Civil Veterinary Dept. Bombay admin report 1932-41 - 1932-1941
Year: 1932
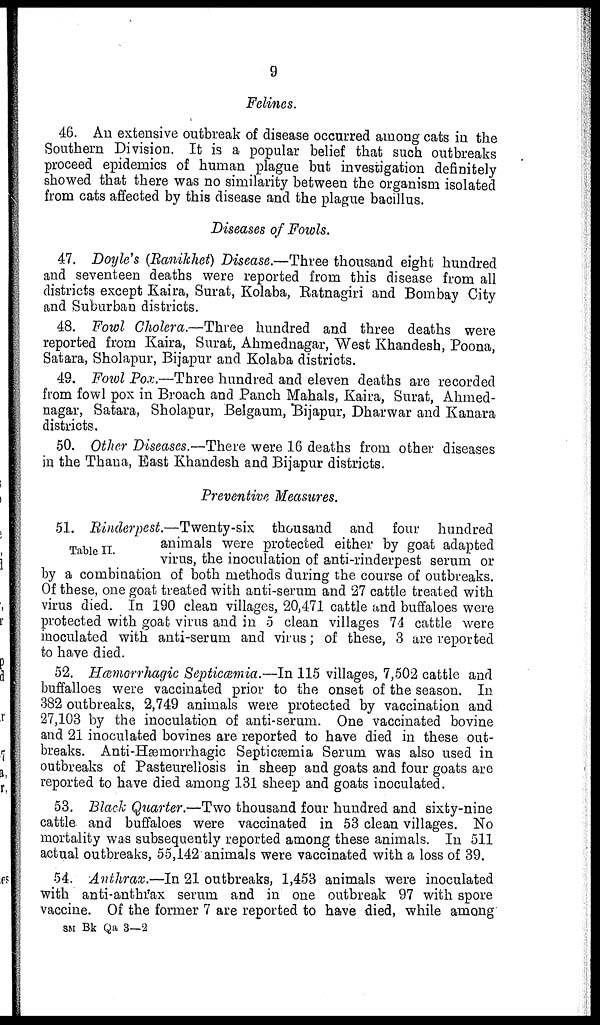
9
Felines.
46. An extensive outbreak of disease occurred among cats in the
Southern Division. It is a popular belief that such outbreaks
proceed epidemics of human plague but investigation definitely
showed that there was no similarity between the organism isolated
from cats affected by this disease and the plague bacillus.
Diseases of Fowls.
47. Doyle's (Ranikhet) Disease.—Three thousand eight hundred
and seventeen deaths were reported from this disease from all
districts except Kaira, Surat, Kolaba, Ratnagiri and Bombay City
and Suburban districts.
48. Fowl Cholera.—Three hundred and three deaths were
reported from Kaira, Surat, Ahmednagar, West Khandesh, Poona,
Satara, Sholapur, Bijapur and Kolaba districts.
49. Fowl Pox.—Three hundred and eleven deaths are recorded
from fowl pox in Broach and Panch Mahals, Kaira, Surat, Ahmed-
nagar, Satara, Sholapur, Belgaum, Bijapur, Dharwar and Kanara
districts.
50. Other Diseases.—There were 16 deaths from other diseases
in the Thana, East Khandesh and Bijapur districts.
Preventive Measures.
51. Rinderpest.—Twenty-six thousand and four hundred
animals were protected either by goat adapted
virus, the inoculation of anti-rinderpest serum or
by a combination of both methods during the course of outbreaks.
Of these, one goat treated with anti-serum and 27 cattle treated with
virus died. In 190 clean villages, 20,471 cattle and buffaloes were
protected with goat virus and in 5 clean villages 74 cattle were
inoculated with anti-serum and virus; of these, 3 are reported
to have died.
52. Hæmorrhagic Septicæmia.—In 115 villages, 7,502 cattle and
buffalloes were vaccinated prior to the onset of the season. In
382 outbreaks, 2,749 animals were protected by vaccination and
27,103 by the inoculation of anti-serum. One vaccinated bovine
and 21 inoculated bovines are reported to have died in these out-
breaks. Anti-Hæmorrhagic Septicæmia Serum was also used in
outbreaks of Pasteurellosis in sheep and goats and four goats are
reported to have died among 131 sheep and goats inoculated.
53. Black Quarter.—Two thousand four hundred and sixty-nine
cattle and buffaloes were vaccinated in 53 clean villages. No
mortality was subsequently reported among these animals. In 511
actual outbreaks, 55,142 animals were vaccinated with a loss of 39.
54. Anthrax.—In 21 outbreaks, 1,453 animals were inoculated
with anti-anthrax serum and in one outbreak 97 with spore
vaccine. Of the former 7 are reported to have died, while among
SM Bk Qa 3—2